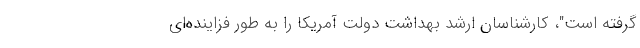
گرفته است"، کارشناسان ارشد بهداشت دولت آمریکا را به طور فزاینده‌ای